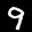
Label: 9